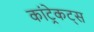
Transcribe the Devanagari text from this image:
कांट्रेकट्स